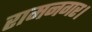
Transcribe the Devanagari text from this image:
रामनगर।